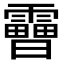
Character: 𩆗